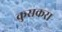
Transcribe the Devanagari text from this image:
कुसकरा